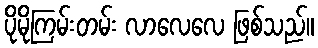
ပိုမိုကြမ်းတမ်း လာလေလေ ဖြစ်သည်။